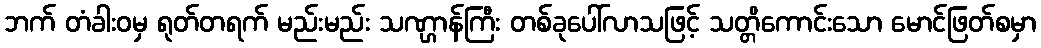
ဘက် တံခါးဝမှ ရုတ်တရက် မည်းမည်း သဏ္ဌာန်ကြီး တစ်ခုပေါ်လာသဖြင့် သတ္တိကောင်းသော မောင်ဖြတ်စမှာ